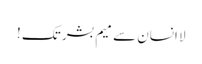
لا انسان سے میم بشر تک !